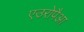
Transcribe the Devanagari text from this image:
एउरोपैआ